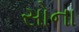
સોના